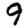
Digit: 9